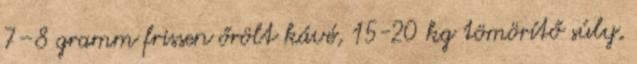
7–8 gramm frissen őrölt kávé, 15-20 kg tömörítő súly,